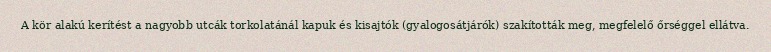
A kör alakú kerítést a nagyobb utcák torkolatánál kapuk és kisajtók (gyalogosátjárók) szakították meg, megfelelő őrséggel ellátva.